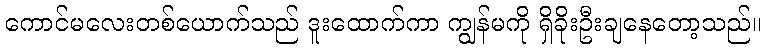
ကောင်မလေးတစ်ယောက်သည် ဒူးထောက်ကာ ကျွန်မကို ရှိခိုးဦးချနေတော့သည်။